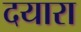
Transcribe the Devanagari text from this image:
दयारा